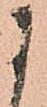
に